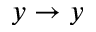
y \rightarrow y